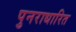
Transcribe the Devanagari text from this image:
पुनराधारित